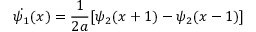
\dot { \psi _ { 1 } } ( x ) = \frac { 1 } { 2 a } [ \psi _ { 2 } ( x + 1 ) - \psi _ { 2 } ( x - 1 ) ]